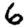
Digit: 6